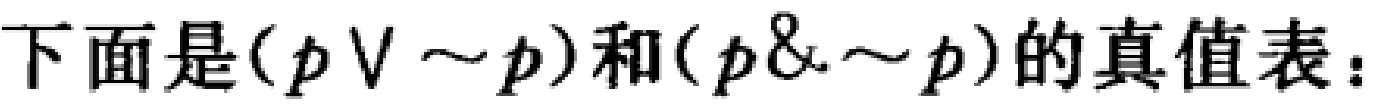
下面是\((p \vee \sim p)\)和\((p \& \sim p)\)的真值表：